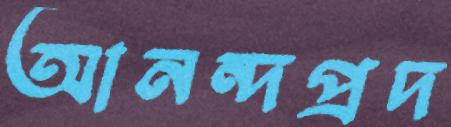
আনন্দপ্রদ